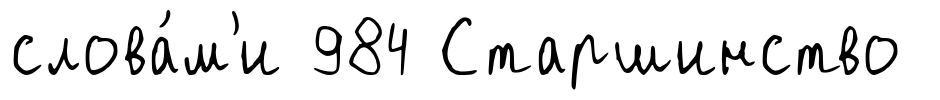
слова́м'и 984 Старшинство